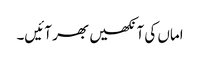
اماں کی آنکھیں بھر آئیں۔